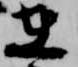
在